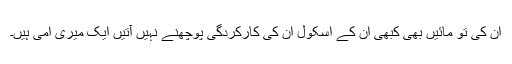
ان کی تو مائیں بھی کبھی ان کے اسکول ان کی کارکردگی پوچھنے نہیں آتیں ایک میری امی ہیں۔